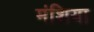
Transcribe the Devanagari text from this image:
मंशिया